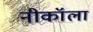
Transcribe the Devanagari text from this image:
नीकॉला